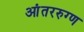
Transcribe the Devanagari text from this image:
आंतररुग्ण